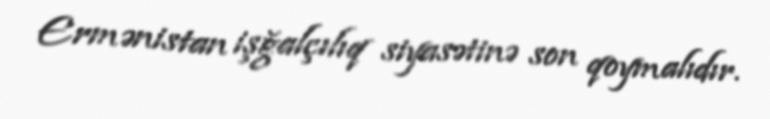
Ermənistan işğalçılıq siyasətinə son qoymalıdır.